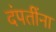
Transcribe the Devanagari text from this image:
दंपतींना